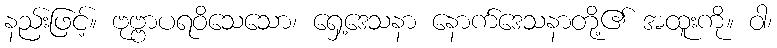
နည်းဖြင့်။ ဗုဗ္ဗာပရဝိသေသော၊ ရှေ့ဒေသနာ နောက်ဒေသနာတို့၏ အထူးကို။ ဝါ၊